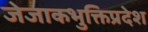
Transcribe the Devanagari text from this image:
जेजाकभुक्तिप्रदेश